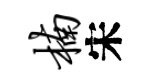
楠宋